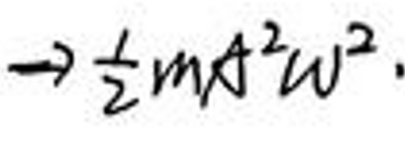
\(\rightarrow \frac{1}{2}ml^{2}\omega^{2}\)